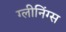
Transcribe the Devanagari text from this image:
ग्लीनिंग्स